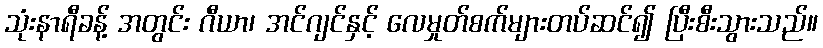
သုံးနာရီခန့် အတွင်း ဂီယာ၊ အင်ဂျင်နှင့် လေမှုတ်စက်များတပ်ဆင်၍ ပြီးစီးသွားသည်။